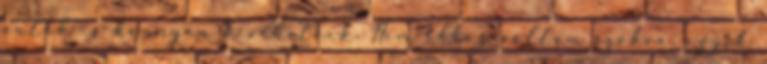
autók is könnyen kivehetőek. Nem ehhez voltam szokva, egyik